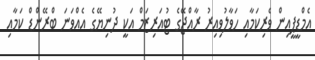
އެމްޑީޕީއިން ވެރިކަމާއި ހަވާލުވިއިރު ރާއްޖޭގެ ޓުއަރިޒަމް އަކީ ދުނިޔޭގެ އެއްވަނަ ބްރޭންޑް ކަމާއި